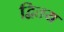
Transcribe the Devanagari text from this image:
द्वितय